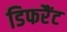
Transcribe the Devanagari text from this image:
डिफरैंट